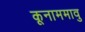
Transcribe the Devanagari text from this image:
कूनाममावु